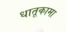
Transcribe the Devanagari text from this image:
धातूकामा